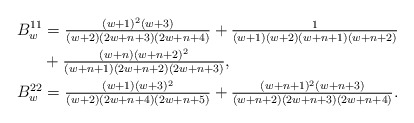
\begin{align*} B_w^{11}&= \tfrac{(w+1)^2(w+3)}{(w+2)(2w+n+3)(2w+n+4)} + \tfrac{1}{(w+1)(w+2)(w+n+1)(w+n+2)} \\ &+ \tfrac{(w+n)(w+n+2)^2}{(w+n+1)(2w+n+2)(2w+n+3)},\\ B_w^{22}&= \tfrac{(w+1)(w+3)^2}{(w+2)(2w+n+4)(2w+n+5)} + \tfrac {(w+n+1)^2(w+n+3)}{(w+n+2) (2w+n+3)(2w+n+4)}.\end{align*}